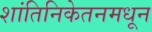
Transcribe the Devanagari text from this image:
शांतिनिकेतनमधून